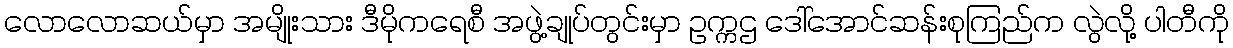
လောလောဆယ်မှာ အမျိုးသား ဒီမိုကရေစီ အဖွဲ့ချုပ်တွင်းမှာ ဥက္ကဌ ဒေါ်အောင်ဆန်းစုကြည်က လွဲလို့ ပါတီကို